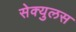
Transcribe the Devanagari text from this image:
सेक्युलस